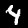
Label: 4